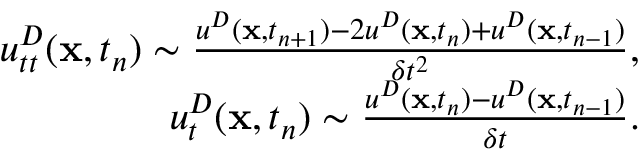
\begin{array} { r } { u _ { t t } ^ { D } ( \mathbf x , t _ { n } ) \sim { \frac { u ^ { D } ( \mathbf x , t _ { n + 1 } ) - 2 u ^ { D } ( \mathbf x , t _ { n } ) + u ^ { D } ( \mathbf x , t _ { n - 1 } ) } { \delta t ^ { 2 } } } , } \\ { u _ { t } ^ { D } ( \mathbf x , t _ { n } ) \sim { \frac { u ^ { D } ( \mathbf x , t _ { n } ) - u ^ { D } ( \mathbf x , t _ { n - 1 } ) } { \delta t } } . } \end{array}